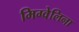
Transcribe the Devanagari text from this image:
मिग्वेलिना